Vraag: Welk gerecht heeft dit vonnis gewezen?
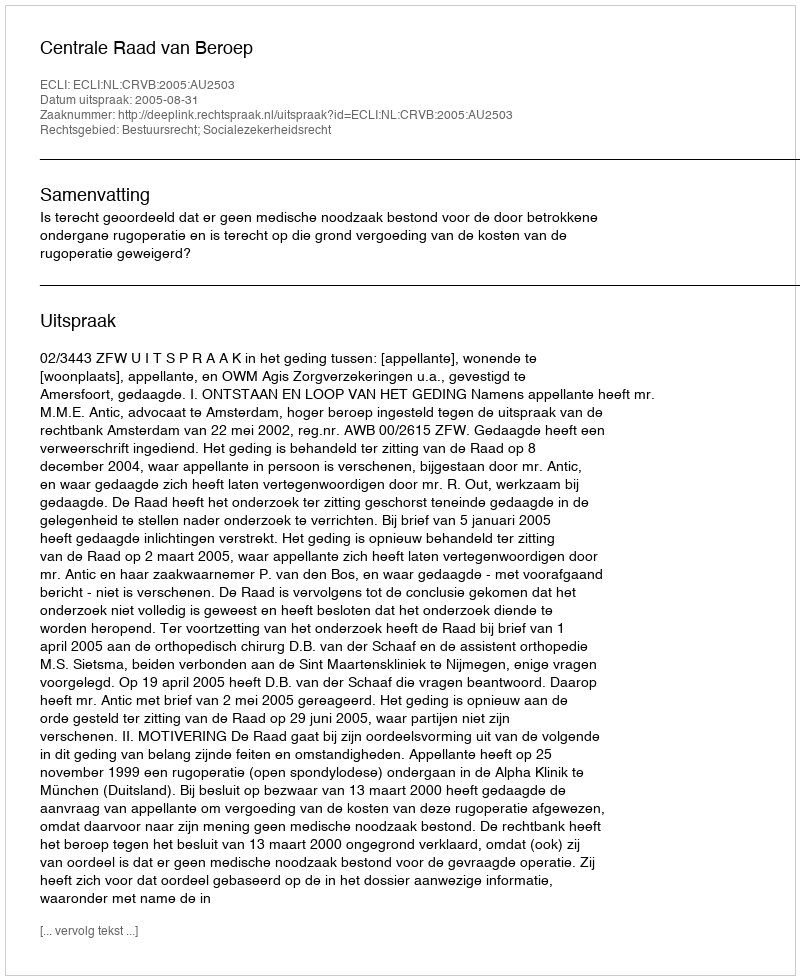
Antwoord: Centrale Raad van Beroep